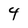
Character: 4